Source: Handwritten
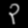
Digit: ၃ (3)